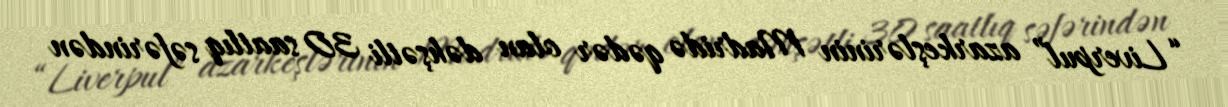
“Liverpul” azarkeşlərinin Madridə qədər olan dəhşətli 30 saatlıq səfərindən